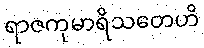
ရာဇကုမာရိသတေဟိ